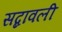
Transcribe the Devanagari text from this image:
सब्दावली